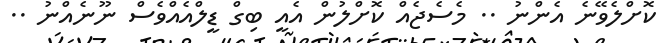
ކޮށްލެވޭނެ އެންނު .. މެސެޖެއް ކޮށްލުން އެއީ ބިގް ޑީލްއެއްވެސް ނޫނެއްނު ..